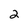
Character: 2